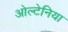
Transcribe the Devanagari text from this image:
ओल्टेनिया